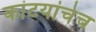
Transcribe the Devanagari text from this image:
कांटयांचेच